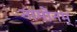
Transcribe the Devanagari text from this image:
नामोनम्